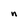
Character: n